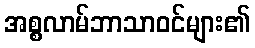
အစ္စလာမ်ဘာသာဝင်များ၏